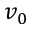
v _ { 0 }